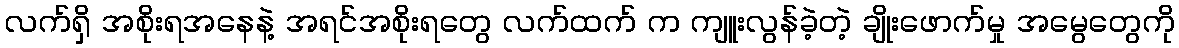
လက်ရှိ အစိုးရအနေနဲ့ အရင်အစိုးရတွေ လက်ထက် က ကျူးလွန်ခဲ့တဲ့ ချိုးဖောက်မှု အမွေတွေကို